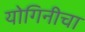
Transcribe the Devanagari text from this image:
योगिनीचा